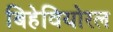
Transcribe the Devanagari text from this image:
बिहेवियोरल